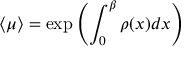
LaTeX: \langle \mu \rangle = \exp \left( \int _ { 0 } ^ { \beta } \rho ( x ) d x \right)